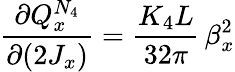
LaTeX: \frac{\partial Q_{x}^{N_{4}}}{\partial(2J_{x})}=\frac{K_{4}L}{32\pi}\, \beta_{x}^{2}